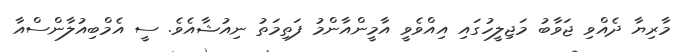
މާރިޔާ ދެއްވި ޖަވާބު މަޖިލީހުގައި އިއްވެވީ އާމީންއާންމު ފަތިމަތު ނިއުޝާއެވެ. ސީ އެމްބިއުލާންސްއާ